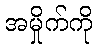
အမှိုက်ကို